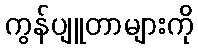
ကွန်ပျူတာများကို